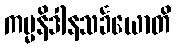
ကမ္မနိဒါနသင်္ခယောတိ